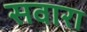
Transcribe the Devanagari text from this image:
सवारा